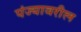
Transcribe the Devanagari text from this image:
पंज्यावरील